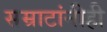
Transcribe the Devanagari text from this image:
सम्राटांनीही